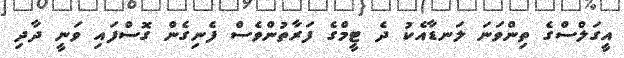
އީގަލްސްގެ ތިންވަނަ ލަނޑާއެކު ދެ ޓީމްގެ ފަރާތުންވެސް ފެނިގެން ގޮސްފައި ވަނީ ދާދި